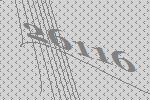
26116